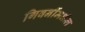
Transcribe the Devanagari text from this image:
गिवर्नीमधील